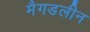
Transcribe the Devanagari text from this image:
मैगडलीन